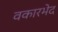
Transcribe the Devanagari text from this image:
वकारभेद